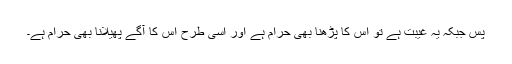
پس جبکہ یہ غیبت ہے تو اس کا پڑھنا بھی حرام ہے اور اسی طرح اس کا آگے پھیلانا بھی حرام ہے۔